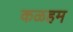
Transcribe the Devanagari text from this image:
कळहम